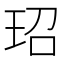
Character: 玿